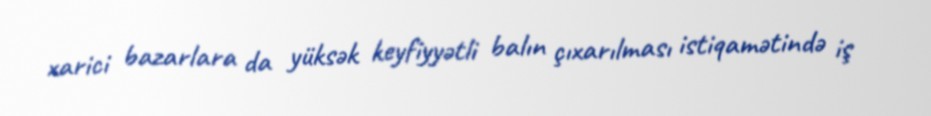
xarici bazarlara da yüksək keyfiyyətli balın çıxarılması istiqamətində iş